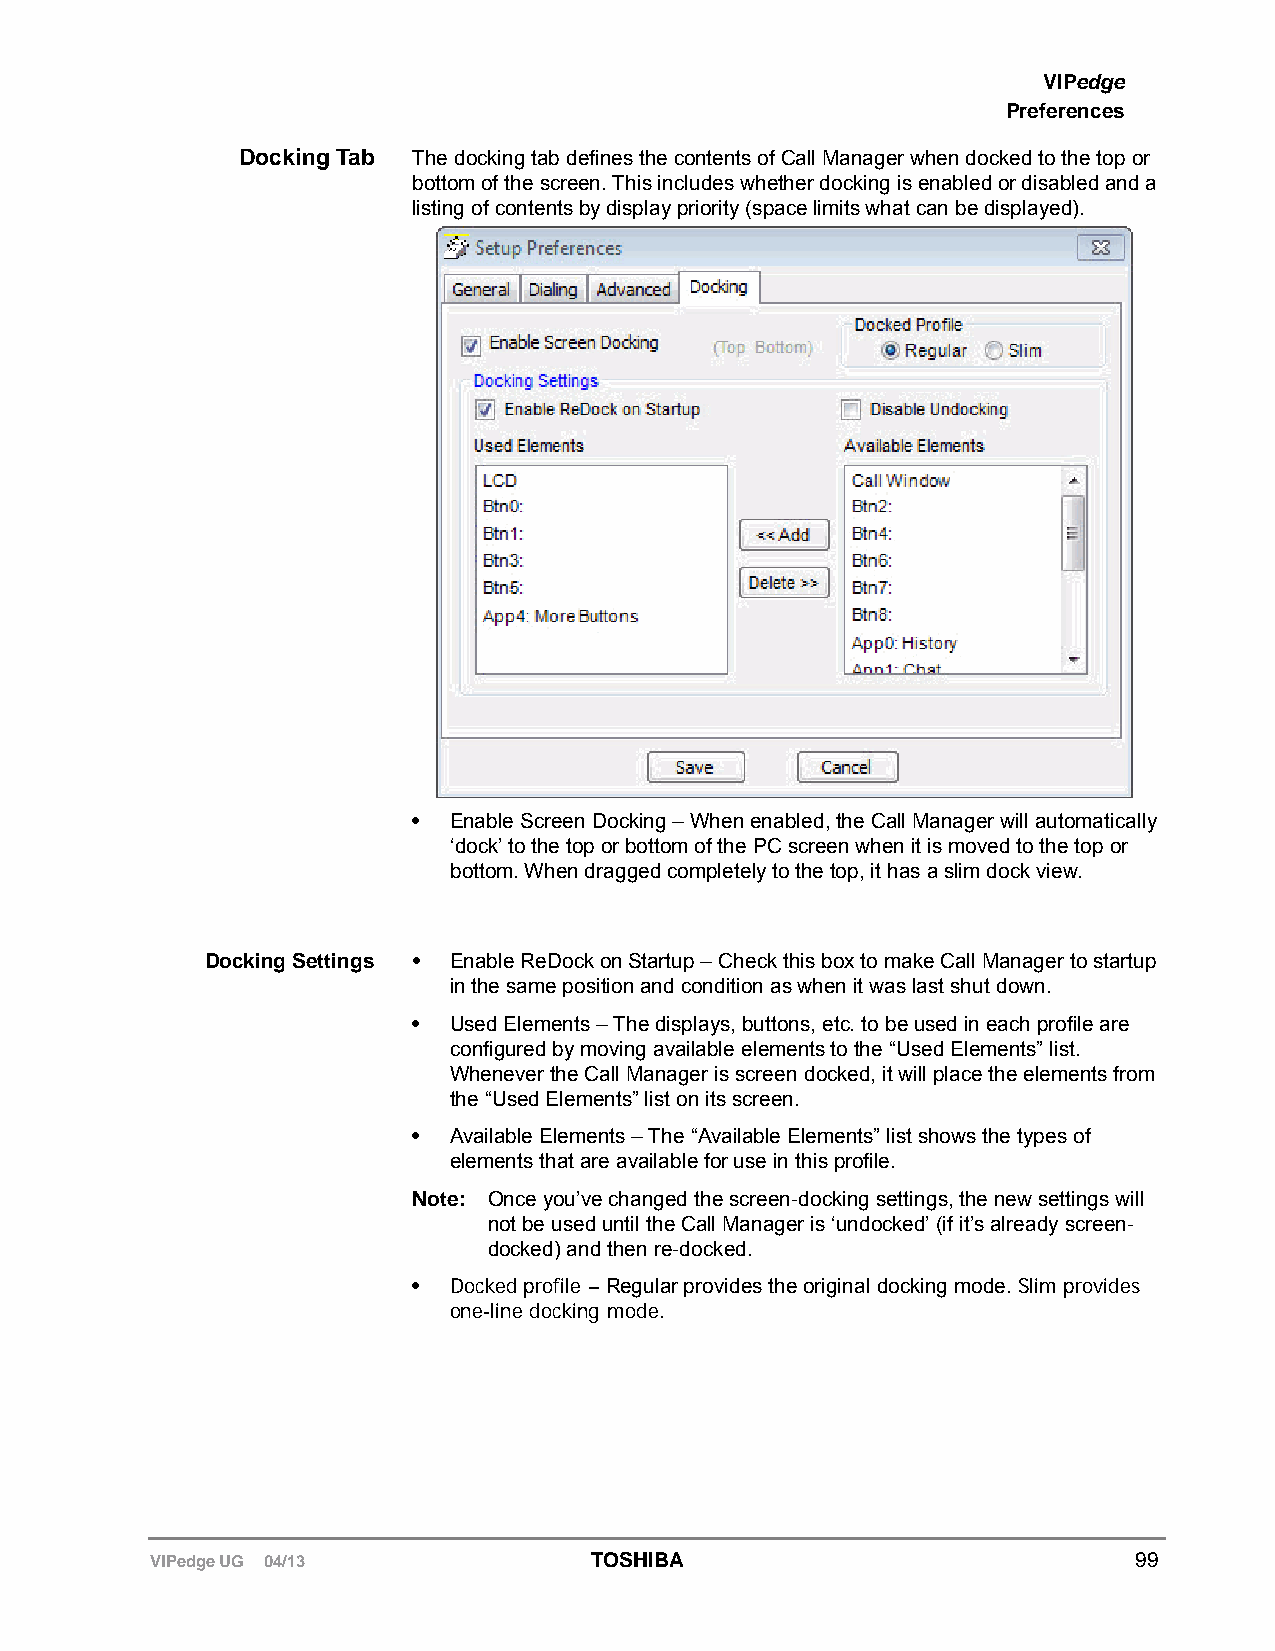
VIPedge
 Preferences
 Docking Tab The docking tab defines the contents of Call Manager when docked to the top or
 bottom of the screen. This includes whether docking is enabled or disabled and a
 listing of contents by display priority (space limits what can be displayed).
 •  Enable Screen Docking – When enabled, the Call Manager will automatically
 ‘dock’ to the top or bottom of the PC screen when it is moved to the top or
 bottom. When dragged completely to the top, it has a slim dock view.
 Docking Settings • Enable ReDock on Startup – Check this box to make Call Manager to startup
 in the same position and condition as when it was last shut down.
 •  Used Elements – The displays, buttons, etc. to be used in each profile are
 configured by moving available elements to the “Used Elements” list.
 Whenever the Call Manager is screen docked, it will place the elements from
 the “Used Elements” list on its screen.
 •  Available Elements – The “Available Elements” list shows the types of
 elements that are available for use in this profile.
 Note: Once you’ve changed the screen-docking settings, the new settings will
 not be used until the Call Manager is ‘undocked’ (if it’s already screen-
 docked) and then re-docked.
 •  Docked profile – Regular provides the original docking mode. Slim provides
 one-line docking mode.
 VIPedge UG 04/13             TOSHIBA                             99